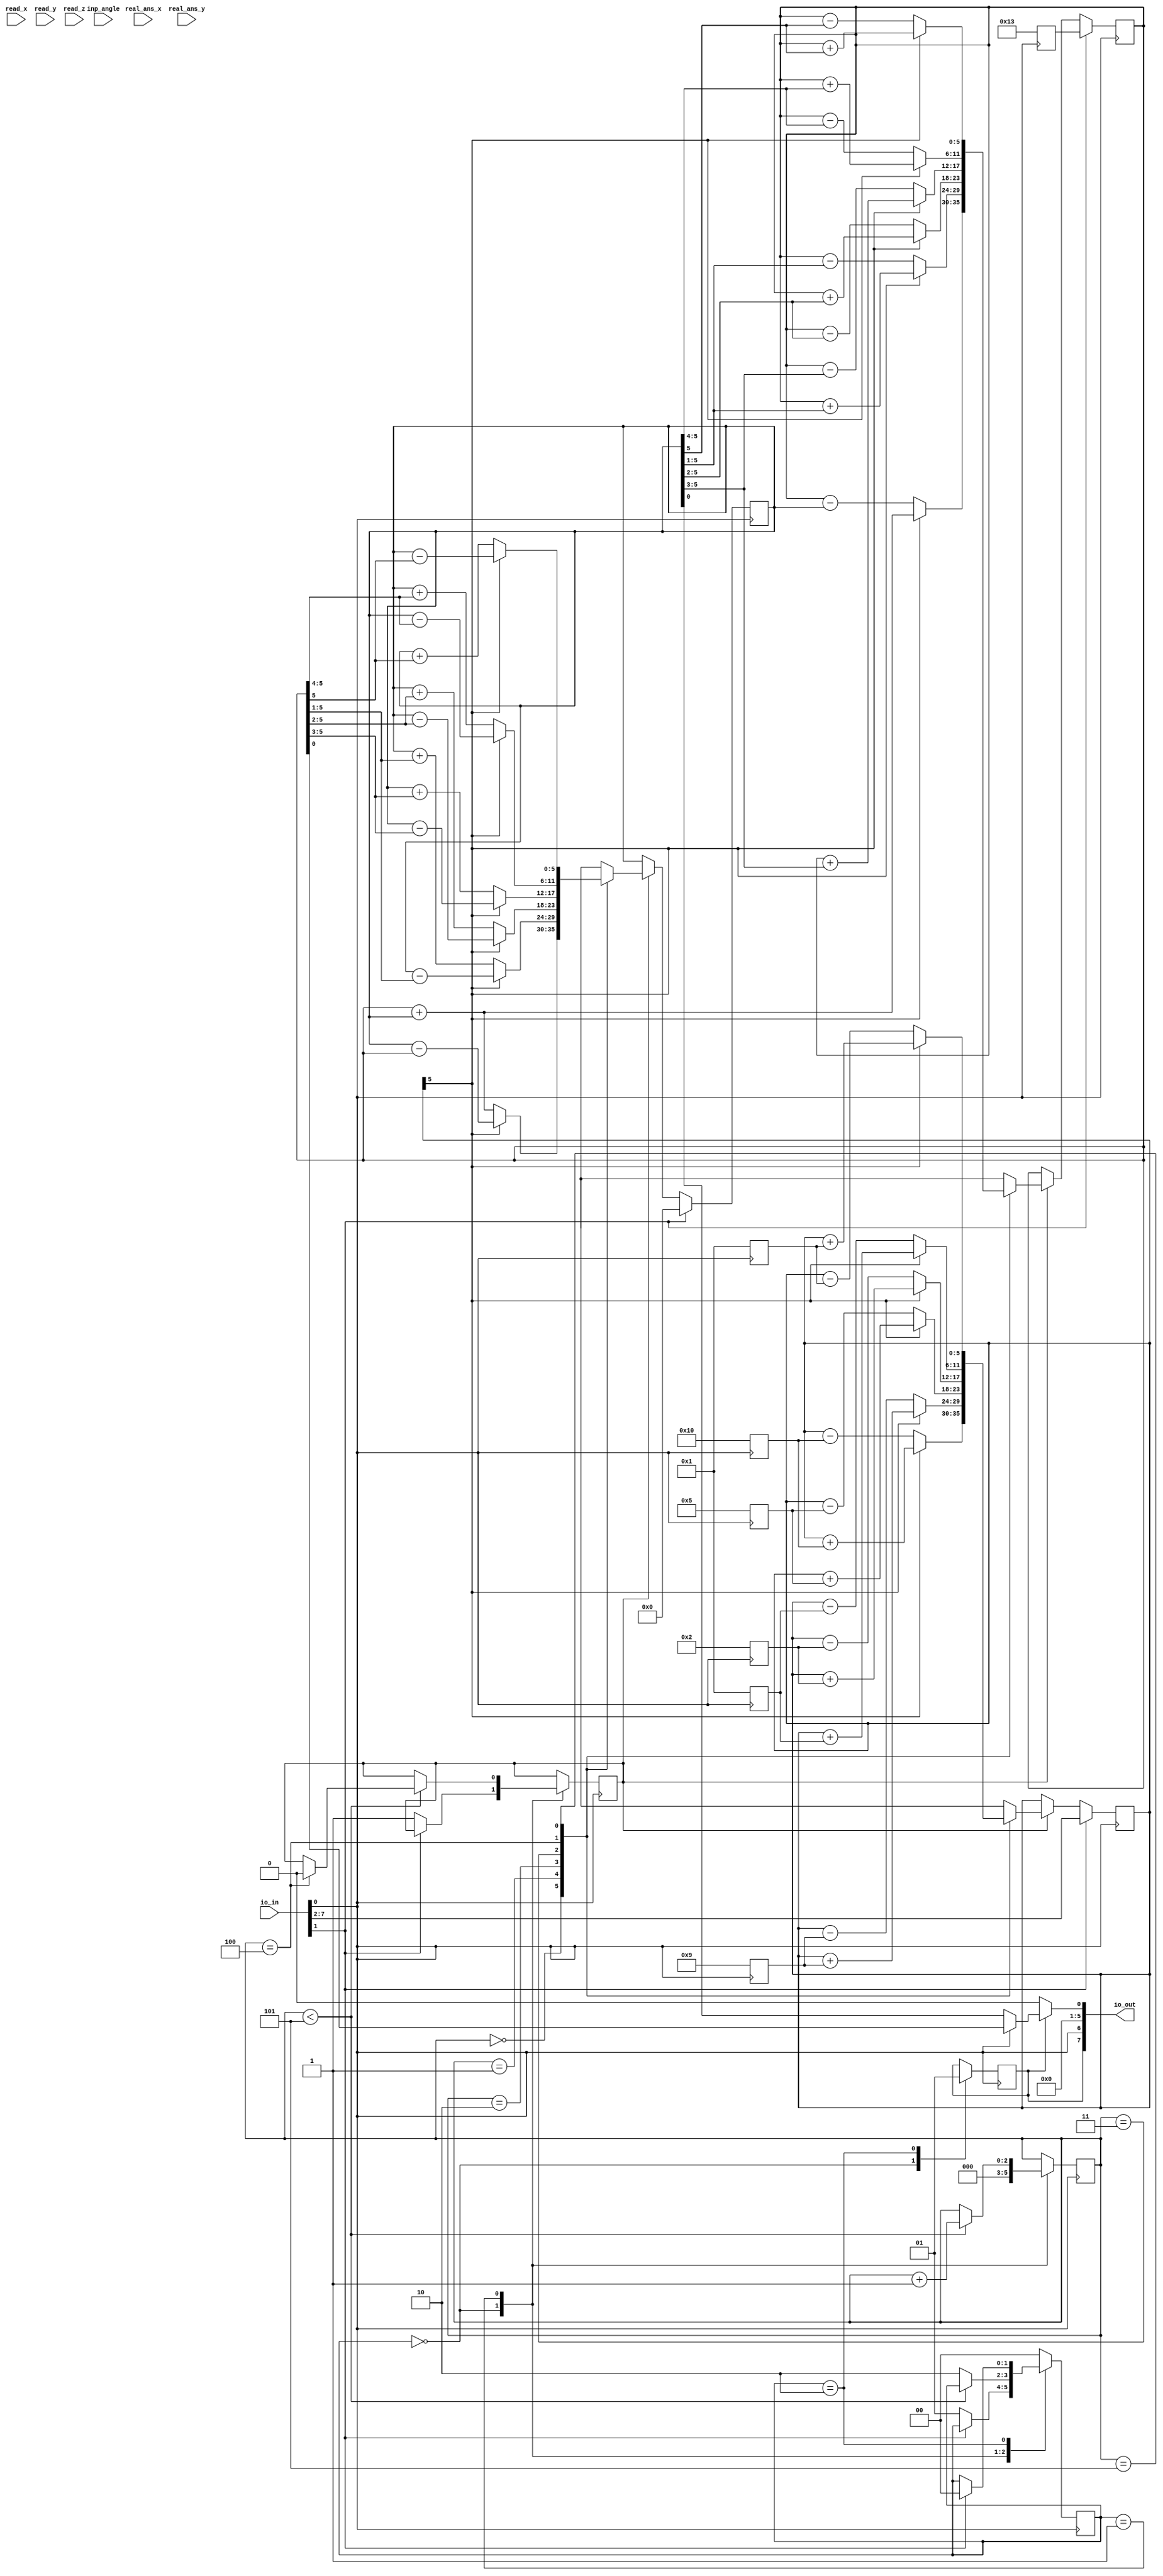
module tinycordic (
    input wire [1023:0] read_x, read_y, read_z, real_ans_x, real_ans_y, inp_angle,
    input wire [7:0] io_in,
    output wire [7:0] io_out
    );

    // 6bit angles and 6 bit outputs
    // y0 = 0, x0 = 0.60728

    /*
    How to convert angles to binary angles:
    angle = 180/62*bin_angle

    Convert sine and cosine values to binary:
    value = 2/62*bin_value
    */

    wire clk = io_in[0];
    wire reset = io_in[1];
    wire [5:0] z0 = io_in[7:2]; // input angle supports from -90 to +90 degrees

    // ROM
    reg [5:0]x0;
    reg [5:0]angle[5:0];
    always @(posedge clk) begin
        x0 <= 6'd19; // x0 = 0.60728
        angle[0] <= 6'd16; // angle 0 = 45
        angle[1] <= 6'd9; // angle 1 = 26.565
        angle[2] <= 6'd5; // angle 2 = 14.036
        angle[3] <= 6'd2; // angle 3 = 7.125
        angle[4] <= 6'd1; // angle 4 = 3.576
        angle[5] <= 6'd1; // angle 5 = 1.7899
    end

    // Registers 
    reg [5:0] reg_x, reg_y, reg_x_next, reg_y_next, reg_z, reg_z_next;
    reg en;
    always @(posedge clk) begin
        if (reset) begin
            reg_x <= x0;
            reg_y <= 0;
            reg_z <= z0;
        end else if (en) begin
            reg_x <= reg_x_next;
            reg_y <= reg_y_next;
            reg_z <= reg_z_next;
        end
    end

    // ALU
    wire d;
    assign d = reg_z[5];
    always @(*) begin
        case (i)
            3'd0: begin
                if (d) begin // if d then x is add and y is sub and z is add
                    reg_x_next <= reg_x + reg_y;
                    reg_y_next <= reg_y - reg_x;
                    reg_z_next <= reg_z + angle[0];
                end else begin // if !d then x is sub and y is add and z is sub
                    reg_x_next <= reg_x - reg_y;
                    reg_y_next <= reg_y + reg_x;
                    reg_z_next <= reg_z - angle[0];
                end
            end
            3'd1: begin
                if (d) begin // if d then x is add and y is sub and z is add
                    reg_x_next <= reg_x + reg_y[5:1]; // fix this
                    reg_y_next <= reg_y - reg_x[5:1];
                    reg_z_next <= reg_z + angle[1];
                end else begin // if !d then x is sub and y is add and z is sub
                    reg_x_next <= reg_x - reg_y[5:1];
                    reg_y_next <= reg_y + reg_x[5:1];
                    reg_z_next <= reg_z - angle[1];
                end
            end
            3'd2: begin
                if (d) begin // if d then x is add and y is sub and z is add
                    reg_x_next <= reg_x + reg_y[5:2];
                    reg_y_next <= reg_y - reg_x[5:2];
                    reg_z_next <= reg_z + angle[2];
                end else begin // if !d then x is sub and y is add and z is sub
                    reg_x_next <= reg_x - reg_y[5:2];
                    reg_y_next <= reg_y + reg_x[5:2];
                    reg_z_next <= reg_z - angle[2];
                end
            end
            3'd3: begin
                if (d) begin // if d then x is add and y is sub and z is add
                    reg_x_next <= reg_x + reg_y[5:3];
                    reg_y_next <= reg_y - reg_x[5:3];
                    reg_z_next <= reg_z + angle[3];
                end else begin // if !d then x is sub and y is add and z is sub
                    reg_x_next <= reg_x - reg_y[5:3];
                    reg_y_next <= reg_y + reg_x[5:3];
                    reg_z_next <= reg_z - angle[3];
                end
            end
            3'd4: begin
                if (d) begin // if d then x is add and y is sub and z is add
                    reg_x_next <= reg_x + reg_y[5:4];
                    reg_y_next <= reg_y - reg_x[5:4];
                    reg_z_next <= reg_z + angle[4];
                end else begin // if !d then x is sub and y is add and z is sub
                    reg_x_next <= reg_x - reg_y[5:4];
                    reg_y_next <= reg_y + reg_x[5:4];
                    reg_z_next <= reg_z - angle[4];
                end
            end
            3'd5: begin
                if (d) begin // if d then x is add and y is sub and z is add
                    reg_x_next <= reg_x + reg_y[5];
                    reg_y_next <= reg_y - reg_x[5];
                    reg_z_next <= reg_z + angle[5];
                end else begin // if !d then x is sub and y is add and z is sub
                    reg_x_next <= reg_x - reg_y[5];
                    reg_y_next <= reg_y + reg_x[5];
                    reg_z_next <= reg_z - angle[5];
                end
            end
            default: begin
                reg_x_next <= 6'bx;
                reg_y_next <= 6'bx;
                reg_z_next <= 6'bx;
            end
        endcase    
    end


    // Control unit
    reg [1:0] state;
    `define RESET 2'b0
    `define CALC 2'd1
    `define DONE 2'd2
    reg [2:0]i;
    reg done;
    always @(posedge clk) begin
        case (state)
            `RESET: begin
                done <= 0;
                i <= 0;
                
                if (!reset) begin
                    state <= `CALC;
                    en <= 1;
                end
                    
            end
            `CALC: begin
                if ( i < 5) begin
                    i <= i+1;
                    if (i == 4)
                        en <= 0;
                end
                    
                else begin
                    state <= `DONE;
                    
                end
            end
            `DONE: begin
                done <= 1;
                if (reset) 
                    state <= `RESET;
            end
            default: begin
                state <= 0;
            end

        endcase
    end

    // Ooutput controler
    assign io_out[7] = done;
    wire x_yb;
    assign x_yb = clk;
    assign io_out[6] = x_yb;
    wire data_out;
    assign io_out[5:0] = data_out;

    assign data_out = (done) ? (clk) ? reg_x : reg_y : 0;



    

    `ifdef COCOTB_SIM

    initial begin
    $dumpfile ("tinycordic.vcd");
    $dumpvars (0, tinycordic);
    #1;
    end
    `endif



endmodule